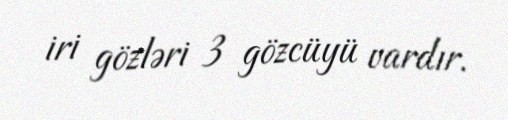
iri gözləri 3 gözcüyü vardır.